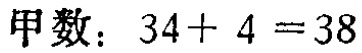
甲数：\(34 + 4 = 38\)